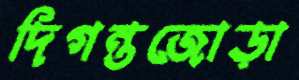
দিগন্তজোড়া